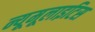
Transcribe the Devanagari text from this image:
न्यूमूलाइटिस